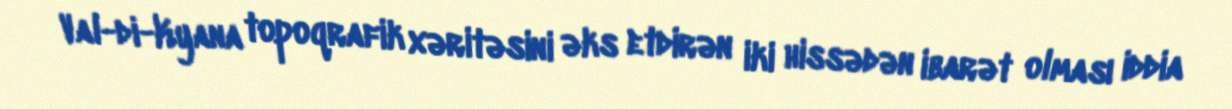
Val-di-Kyana topoqrafik xəritəsini əks etdirən iki hissədən ibarət olması iddia